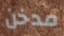
مدخن